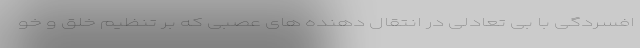
افسردگی با بی تعادلی در انتقال دهنده های عصبی که بر تنظیم خلق و خو